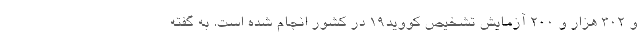
و ۳۰۲ هزار و ۲۰۰ آزمایش تشخیص کووید۱۹ در کشور انجام شده است. به گفته